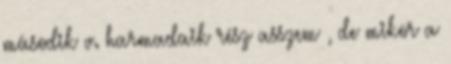
második v. harmadaik rész asszem , de mikor a